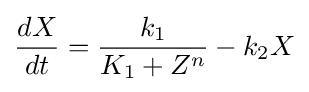
{\frac {dX}{dt}}={k_{1} \over K_{1}+Z^{n}}-k_{2}X